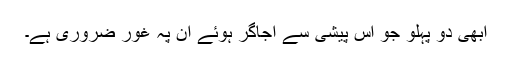
ابھی دو پہلو جو اس پیشی سے اجاگر ہوئے ان پہ غور ضروری ہے۔